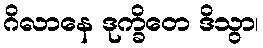
ဂိလာနေ ဒုက္ခိတေ ဒိသွာ၊